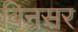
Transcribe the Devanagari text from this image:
विनसर